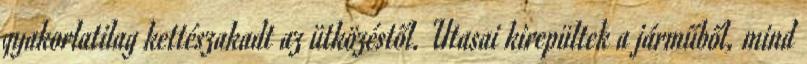
gyakorlatilag kettészakadt az ütközéstől. Utasai kirepültek a járműből, mind